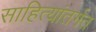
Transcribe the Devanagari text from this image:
साहित्यांतर्गत